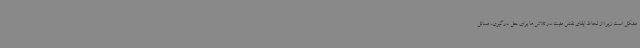
مشکل است زیرا از لحاظ ایفای نقش مثبت در تلاش‌ها برای حل درگیری، مسائل